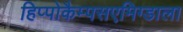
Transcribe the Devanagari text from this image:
हिप्पोकैम्पसएमिग्डाला